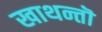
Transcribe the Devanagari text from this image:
खाथन्तॊ